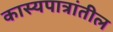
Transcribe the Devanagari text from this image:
कास्यपात्रांतील